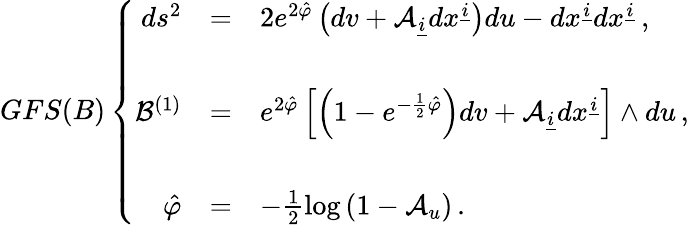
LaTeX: GFS(B)\left\{ \begin{array}{rcl}{{ds^{2}}}&{{=}}&{{2e^{2\hat{\varphi}}\left(dv+{\cal A}_{\underline{{{i}}}}dx^{\underline{{{i}}}}\right)du-dx^{\underline{{{i}}}}dx^{\underline{{{i}}}}\, ,}}\\ {{}}&{{}}&{{}}\\ {{{\cal{B}}^{(1)}}}&{{=}}&{{e^{2\hat{\varphi}}\left[\left(1-e^{-\frac{1}{2}\hat{\varphi}}\right)dv+{\cal A}_{\underline{{{i}}}}dx^{\underline{{{i}}}}\right]\wedge du\, ,}}\\ {{}}&{{}}&{{}}\\ {{\hat{\varphi}}}&{{=}}&{{-\frac{1}{2}\log{(1-{\cal A}_{u})}\, .}}\end{array}\right.